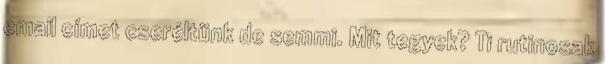
email címet cseréltünk de semmi. Mit tegyek? Ti rutinosak